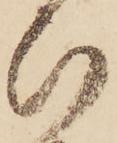
ひ